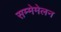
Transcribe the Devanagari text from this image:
सम्मेमेलन